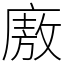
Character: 廒